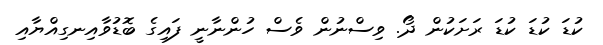
ކުޑަ ކުޑަ ކުޑަ ރަށަކުން ދޯ. ވިސްނުން ވެސް ހުންނާނީ ފައިގެ ބޮޑުވާއިނގިއްޔާއި